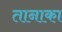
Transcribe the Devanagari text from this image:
तानाका